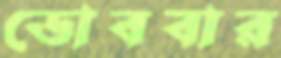
ডোববার